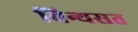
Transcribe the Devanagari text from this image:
विन्यसत